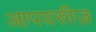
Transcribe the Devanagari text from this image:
आपयरुीज़